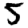
Digit: 5